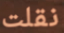
نقلت